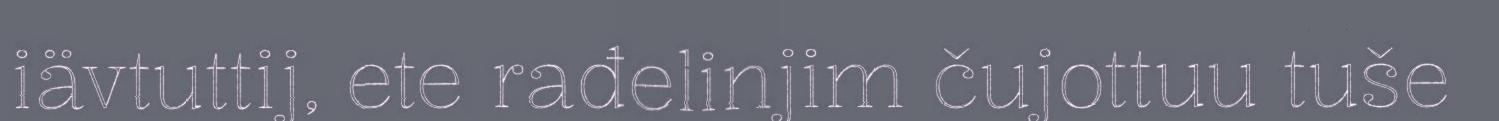
iävtuttij, ete rađelinjim čujottuu tuše